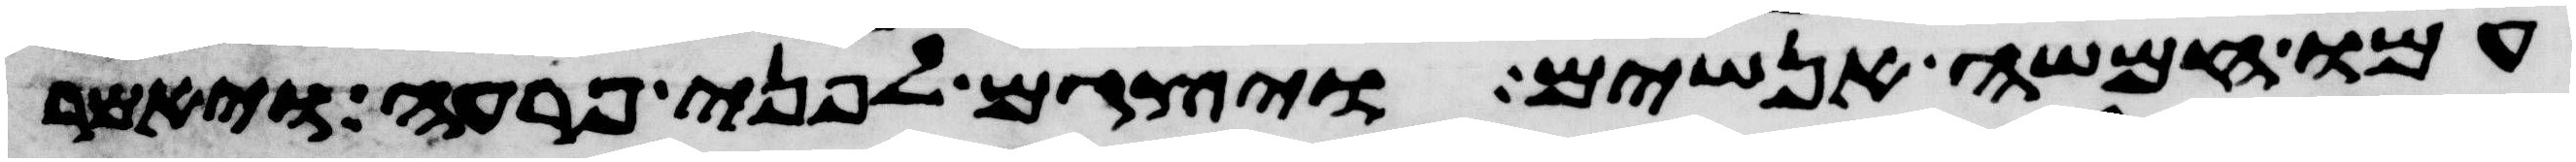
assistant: עמו חמשה אנשים ויצגם לפני פרעה ויאמר